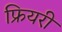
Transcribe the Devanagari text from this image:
फ्रियरी